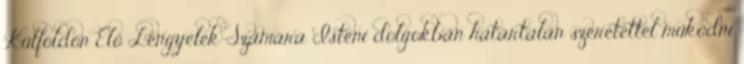
Külföldön Élő Lengyelek Számára Isteni dolgokban határtalan szeretettel működni